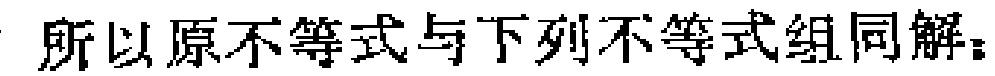
所以原不等式与下列不等式组同解：